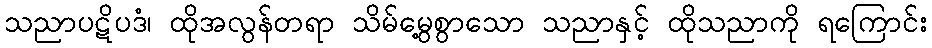
သညာပဋိပဒံ၊ ထိုအလွန်တရာ သိမ်မွေ့စွာသော သညာနှင့် ထိုသညာကို ရကြောင်း